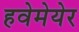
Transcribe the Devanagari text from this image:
हवेमेयेर